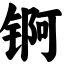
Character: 锕